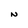
Character: N